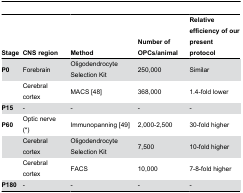
<table><thead><tr><td><b>Stage</b></td><td><b>CNS region</b></td><td><b>Method</b></td><td><b>Number of OPCs/animal</b></td><td><b>Relative efficiency of our present protocol</b></td></tr></thead><tbody><tr><td><b>P0</b></td><td>Forebrain</td><td>Oligodendrocyte Selection Kit </td><td>250,000</td><td>Similar</td></tr><tr><td></td><td>Cerebral cortex</td><td>MACS [48]</td><td>368,000</td><td>1.4-fold lower</td></tr><tr><td><b>P15</b></td><td>-</td><td>-</td><td>-</td><td>-</td></tr><tr><td><b>P60</b></td><td>Optic nerve (*)</td><td>Immunopanning [49]</td><td>2,000-2,500</td><td>30-fold higher</td></tr><tr><td></td><td>Cerebral cortex</td><td>Oligodendrocyte Selection Kit</td><td>7,500</td><td>10-fold higher</td></tr><tr><td></td><td>Cerebral cortex</td><td>FACS</td><td>10,000</td><td>7-8-fold higher</td></tr><tr><td><b>P180</b></td><td>-</td><td>-</td><td>-</td><td>-</td></tr></tbody></table>